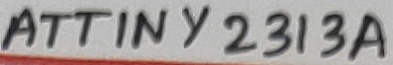
Text: ATTINY2313A